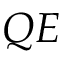
Q E